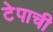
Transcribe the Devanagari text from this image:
टेपाची